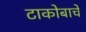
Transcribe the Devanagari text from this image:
टाकोबाचे